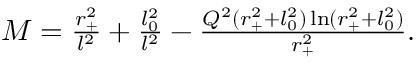
\begin{array} { r } { M = \frac { r _ { + } ^ { 2 } } { l ^ { 2 } } + \frac { l _ { 0 } ^ { 2 } } { l ^ { 2 } } - \frac { Q ^ { 2 } ( r _ { + } ^ { 2 } + l _ { 0 } ^ { 2 } ) \ln ( r _ { + } ^ { 2 } + l _ { 0 } ^ { 2 } ) } { r _ { + } ^ { 2 } } . } \end{array}